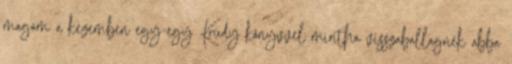
magam a kezemben egy-egy Krúdy könyvvel mintha visszaballagnék abba